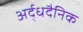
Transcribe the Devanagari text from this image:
अर्द्धदैनिक